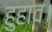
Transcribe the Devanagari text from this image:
हुहाव।